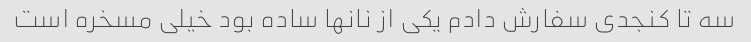
سه تا کنجدی سفارش دادم یکی از نانها ساده بود خیلی مسخره است